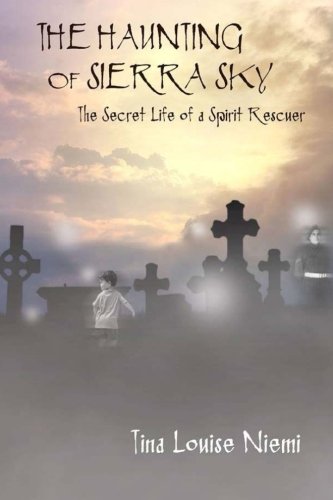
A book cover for The Haunting of Sierra Sky: The Secret Life of a Spirit Rescuer; Tina Louise Niemi; Religion & Spirituality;